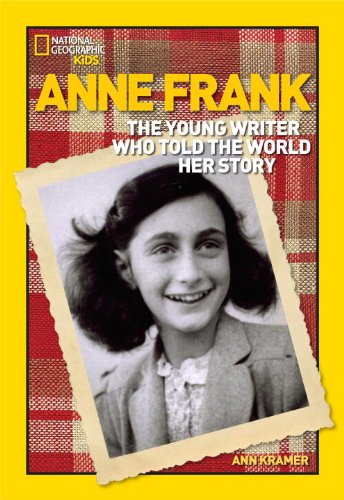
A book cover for World History Biographies: Anne Frank: The Young Writer Who Told the World Her Story (National Geographic World History Biographies); Ann Kramer; Children's Books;